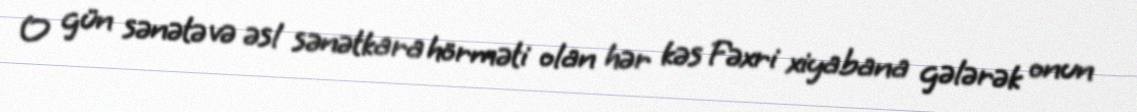
O gün sənətə və əsl sənətkara hörməti olan hər kəs Fəxri xiyabana gələrək onun